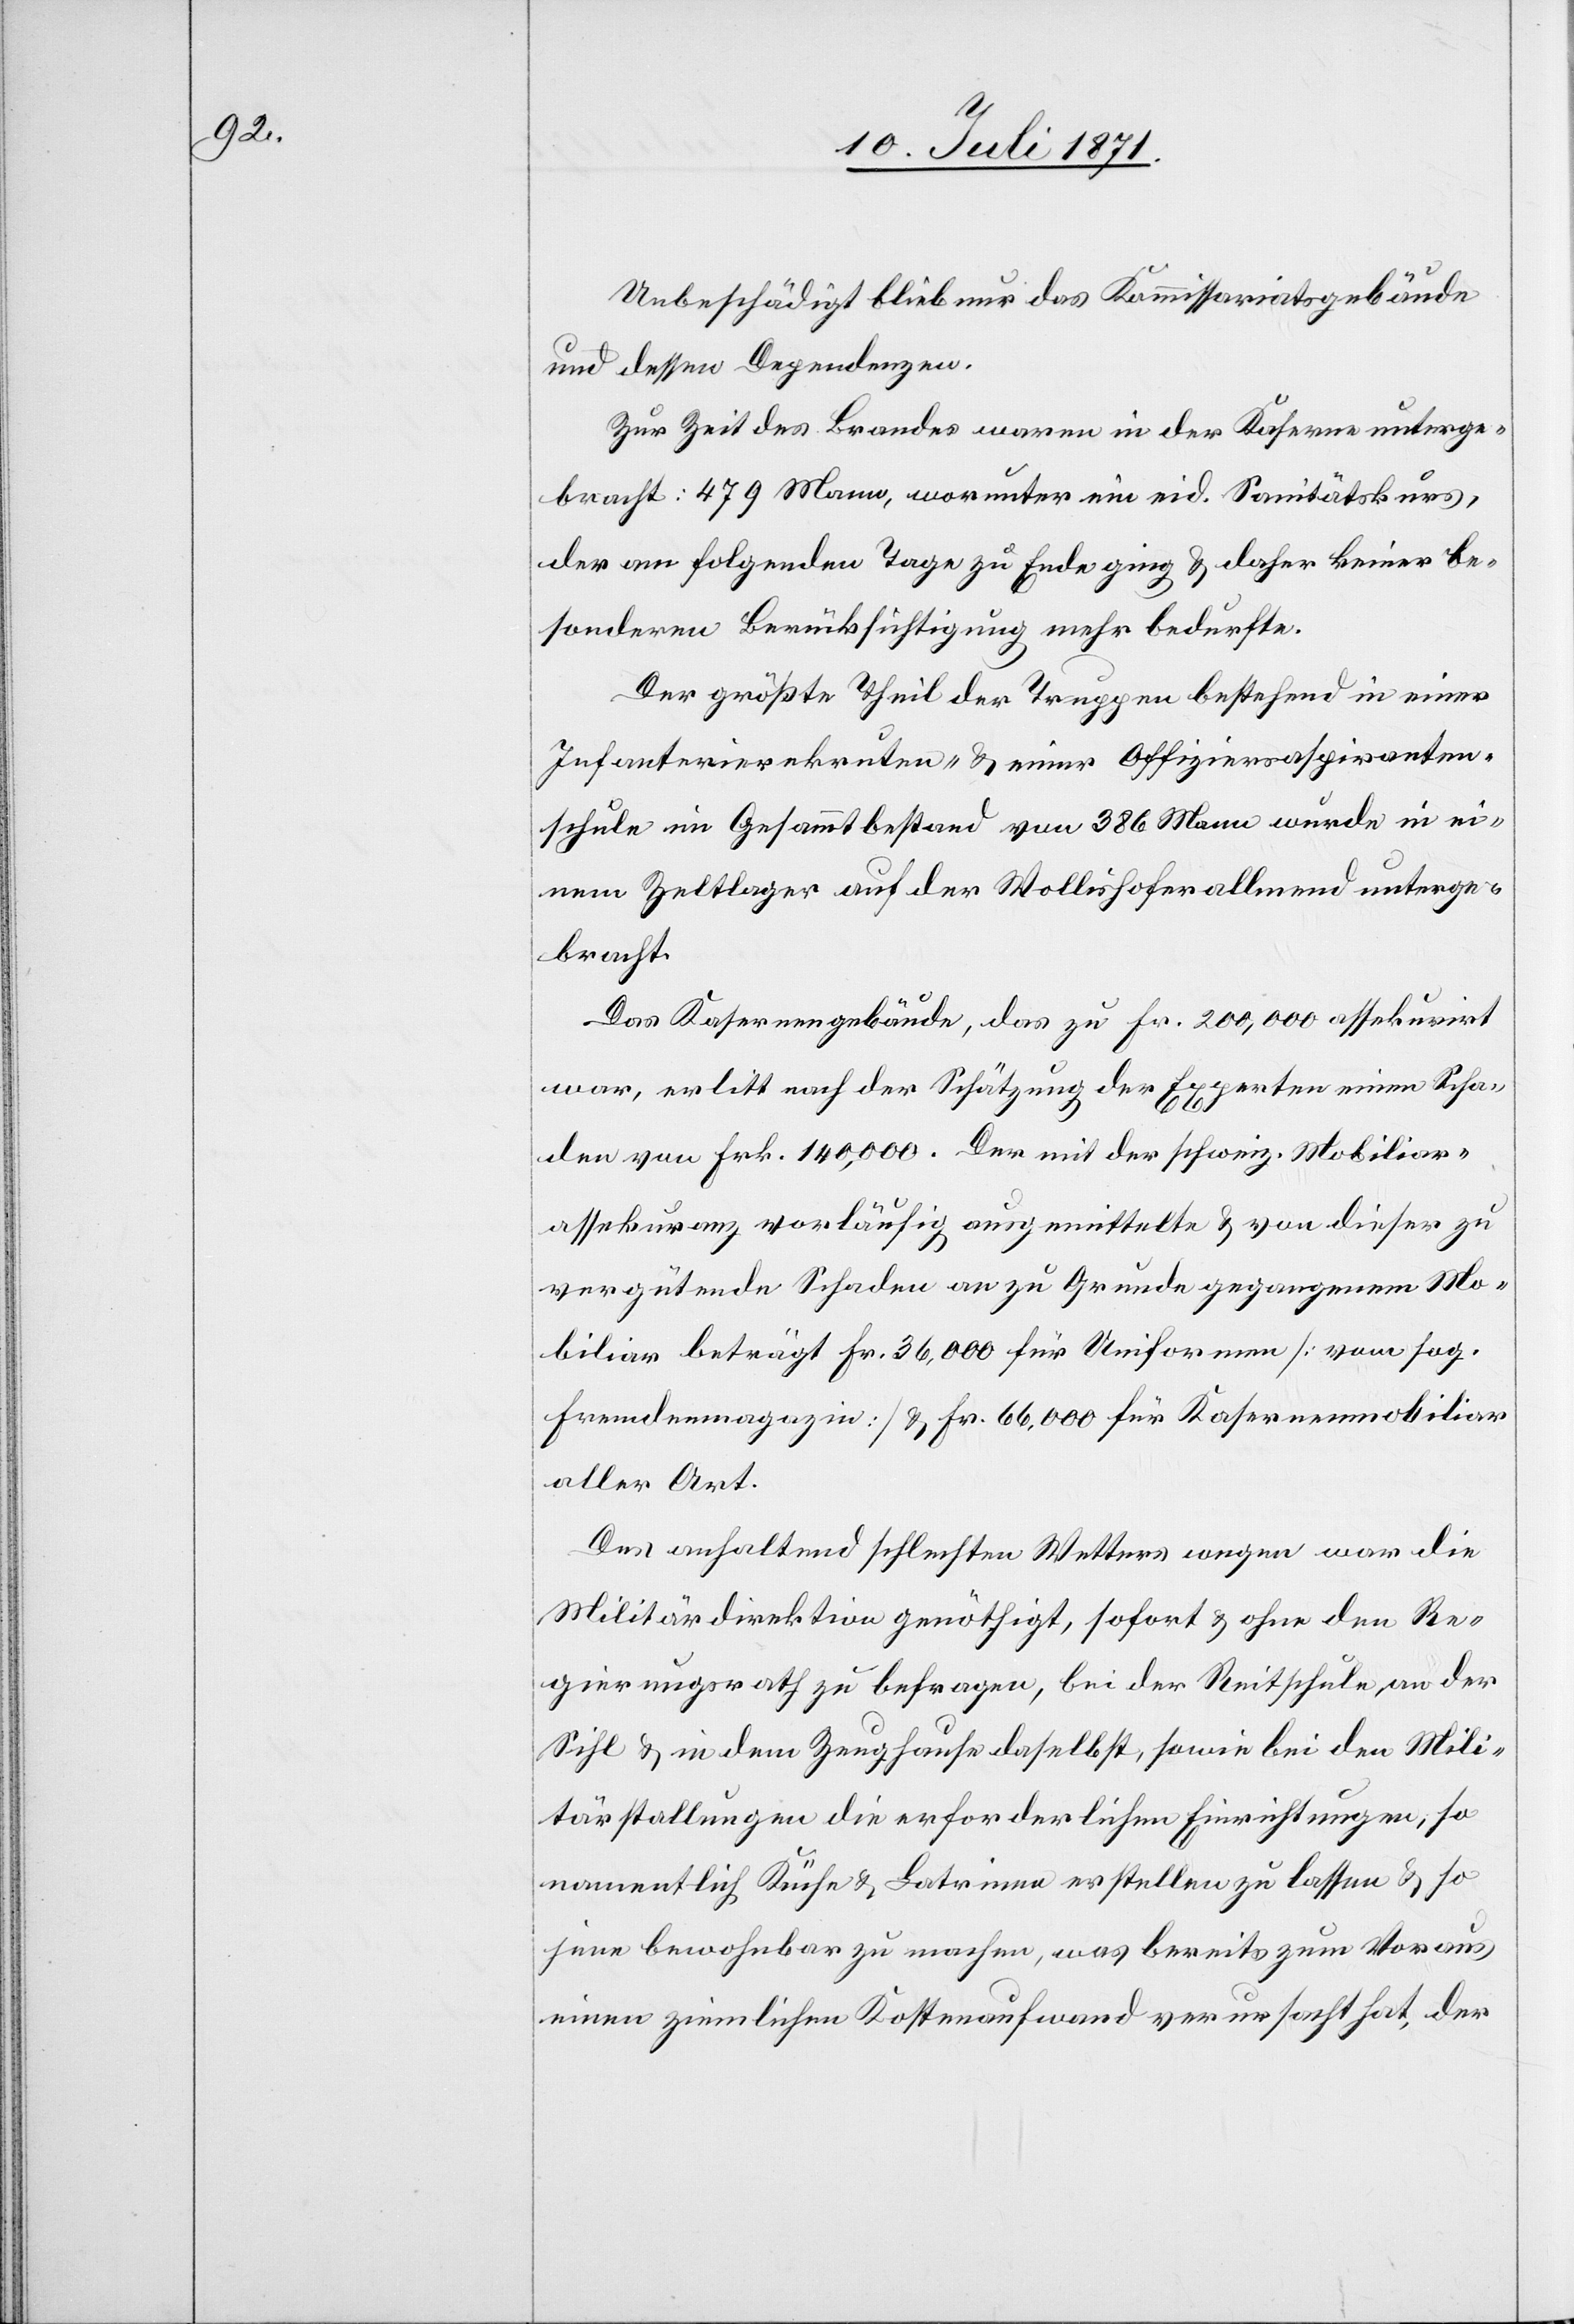
Unbeschädigt bleiben nur das Kommissariatsgebäude
und dessen Dependenzen.
Zur Zeit des Brandes waren in der Kaserne unterge¬
bracht: 479 Mann, worunter ein eid. Sanitätskurs,
der am folgenden Tage zu Ende ging u. daher keiner be¬
sonderen Berücksichtigung mehr bedurfte.
Der größte Theil der Truppen bestehend in einer
Infanterierekruten- u. einer Offiziersaspiranten¬
schule im Gesammtbestand von 386 Mann wurde in ei¬
nem Zeltlager auf der Wollishoferallmend unterge¬
bracht.
Das Kasernengebäude, das zu Fr. 200,000 assekurirt
war, erlitt nach der Schätzung der Experten einen Scha¬
den von Frk. 140,000. Der mit der schweiz. Mobiliar¬
assekuranz vorläufig ausgemittelte u. von dieser zu
vergütende Schaden an zu Grunde gegangenem Mo¬
biliar beträgt Fr. 36,000 für Uniformen [vom sog.
Fremdenmagazin] u. Fr. 66,000 für Kasernenmobiliar
aller Art.
Des anhaltend schlechten Wetters wegen war die
Militärdirektion genöthigt, sofort u. ohne den Re¬
gierungsrath zu befragen, bei der Reitschule, an der
Sihl u. in dem Zeughause daselbst, sowie bei den Mili¬
tärstallungen die erforderlichen Einrichtungen, so
namentlich Küche u. Latrinen erstellen zu lassen u. so
jene bewohnbar zu machen, was bereits zum Voraus
einen ziemlichen Kostenaufwand verursacht hat, der